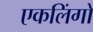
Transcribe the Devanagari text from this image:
एकलिंगों